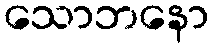
သောဘနော